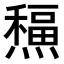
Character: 𤐸